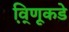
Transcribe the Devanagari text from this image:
वि़्णूकडे